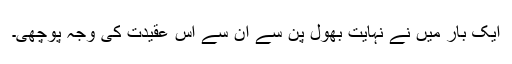
ایک بار میں نے نہایت بھول پن سے ان سے اس عقیدت کی وجہ پوچھی۔